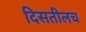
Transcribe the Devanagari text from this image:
दिसतीलच